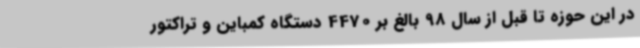
در این حوزه تا قبل از سال 98 بالغ بر 4470 دستگاه کمباین و تراکتور